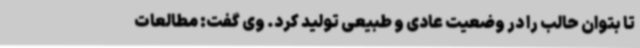
تا بتوان حالب را در وضعیت عادی و طبیعی تولید کرد. وی گفت: مطالعات